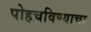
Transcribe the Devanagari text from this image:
पोहचविण्याचा